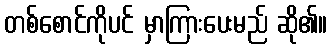
တစ်စောင်ကိုပင် မှာကြားပေးမည် ဆို၏။